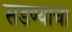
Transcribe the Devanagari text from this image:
सडण्याचा